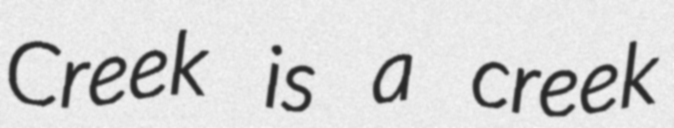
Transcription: Creek is a creek